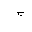
Letter: _gim